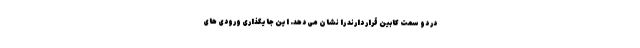
در دو سمت کابین قرار دارند را نشان می دهد. این جایگذاری ورودی های